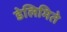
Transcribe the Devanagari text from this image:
डेलिमिते